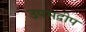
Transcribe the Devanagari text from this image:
उपमद्वीप